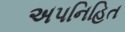
અપનિહિત